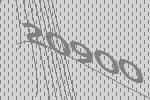
20900